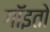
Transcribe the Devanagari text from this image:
गॉइतो